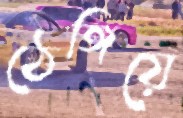
ঠেঙ্গিয়ে